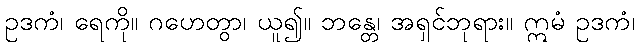
ဥဒကံ၊ ရေကို။ ဂဟေတွာ၊ ယူ၍။ ဘန္တေ၊ အရှင်ဘုရား။ ဣမံ ဥဒကံ၊